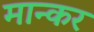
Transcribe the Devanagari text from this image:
मान्कर